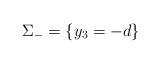
LaTeX: \begin{align*}\Sigma_- = \{y_3 = -d\}\end{align*}